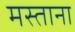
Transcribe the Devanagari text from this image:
मस्‍ताना